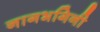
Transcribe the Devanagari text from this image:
नागभगिनी